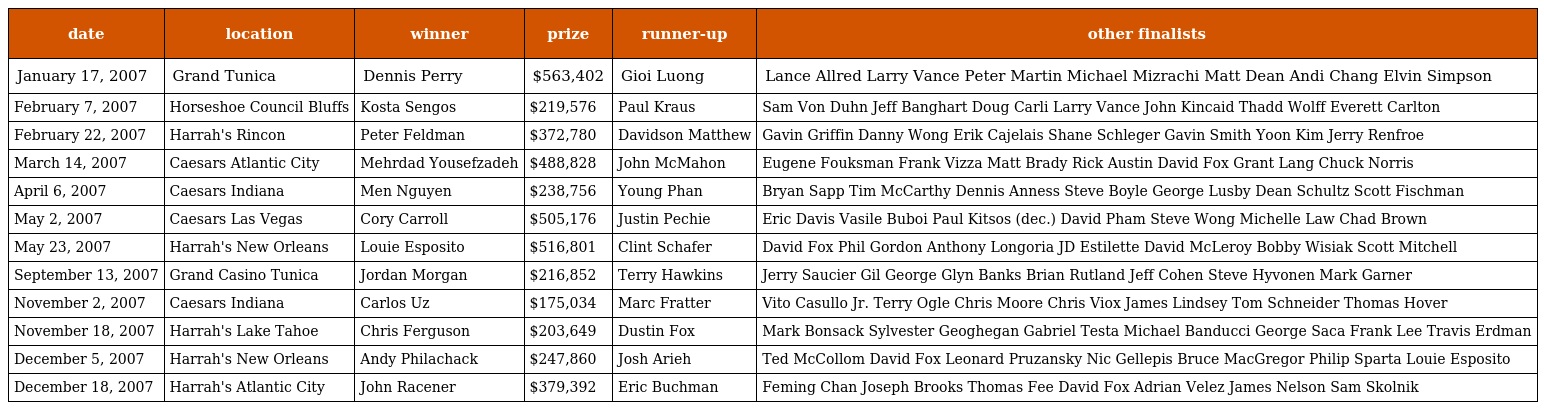
| date | location | winner | prize | runner-up | other finalists |
 | --- | --- | --- | --- | --- | --- |
 | January 17, 2007 | Grand Tunica | Dennis Perry | $563,402 | Gioi Luong | Lance Allred Larry Vance Peter Martin Michael Mizrachi Matt Dean Andi Chang Elvin Simpson |
 | February 7, 2007 | Horseshoe Council Bluffs | Kosta Sengos | $219,576 | Paul Kraus | Sam Von Duhn Jeff Banghart Doug Carli Larry Vance John Kincaid Thadd Wolff Everett Carlton |
 | February 22, 2007 | Harrah's Rincon | Peter Feldman | $372,780 | Davidson Matthew | Gavin Griffin Danny Wong Erik Cajelais Shane Schleger Gavin Smith Yoon Kim Jerry Renfroe |
 | March 14, 2007 | Caesars Atlantic City | Mehrdad Yousefzadeh | $488,828 | John McMahon | Eugene Fouksman Frank Vizza Matt Brady Rick Austin David Fox Grant Lang Chuck Norris |
 | April 6, 2007 | Caesars Indiana | Men Nguyen | $238,756 | Young Phan | Bryan Sapp Tim McCarthy Dennis Anness Steve Boyle George Lusby Dean Schultz Scott Fischman |
 | May 2, 2007 | Caesars Las Vegas | Cory Carroll | $505,176 | Justin Pechie | Eric Davis Vasile Buboi Paul Kitsos (dec.) David Pham Steve Wong Michelle Law Chad Brown |
 | May 23, 2007 | Harrah's New Orleans | Louie Esposito | $516,801 | Clint Schafer | David Fox Phil Gordon Anthony Longoria JD Estilette David McLeroy Bobby Wisiak Scott Mitchell |
 | September 13, 2007 | Grand Casino Tunica | Jordan Morgan | $216,852 | Terry Hawkins | Jerry Saucier Gil George Glyn Banks Brian Rutland Jeff Cohen Steve Hyvonen Mark Garner |
 | November 2, 2007 | Caesars Indiana | Carlos Uz | $175,034 | Marc Fratter | Vito Casullo Jr. Terry Ogle Chris Moore Chris Viox James Lindsey Tom Schneider Thomas Hover |
 | November 18, 2007 | Harrah's Lake Tahoe | Chris Ferguson | $203,649 | Dustin Fox | Mark Bonsack Sylvester Geoghegan Gabriel Testa Michael Banducci George Saca Frank Lee Travis Erdman |
 | December 5, 2007 | Harrah's New Orleans | Andy Philachack | $247,860 | Josh Arieh | Ted McCollom David Fox Leonard Pruzansky Nic Gellepis Bruce MacGregor Philip Sparta Louie Esposito |
 | December 18, 2007 | Harrah's Atlantic City | John Racener | $379,392 | Eric Buchman | Feming Chan Joseph Brooks Thomas Fee David Fox Adrian Velez James Nelson Sam Skolnik |